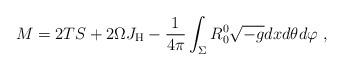
LaTeX: \begin{align*}M=2TS +2\Omega J_{\rm H} - \frac{1}{4 \pi } \int_\Sigma R_0^0 \sqrt{-g} dx d\theta d\varphi\ ,\end{align*}